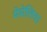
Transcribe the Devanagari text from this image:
मेमेलिया